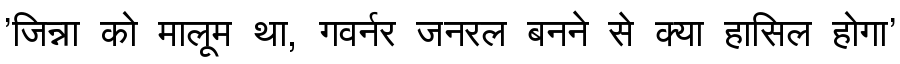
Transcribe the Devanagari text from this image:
'जिन्ना को मालूम था, गवर्नर जनरल बनने से क्या हासिल होगा'